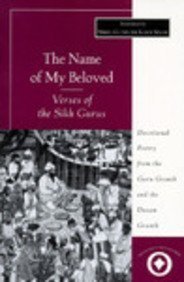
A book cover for The Name of My Beloved: Verses of the Sikh Gurus (Sacred Literature Series); Nikky Guinder er; Religion & Spirituality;